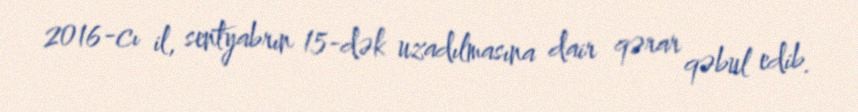
2016-cı il, sentyabrın 15-dək uzadılmasına dair qərar qəbul edib.